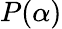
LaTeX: P(\alpha)